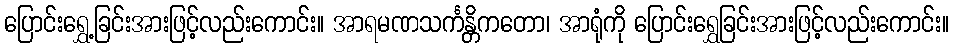
ပြောင်းရွှေ့ခြင်းအားဖြင့်လည်းကောင်း။ အာရမဏသင်္ကန္တိကတော၊ အာရုံကို ပြောင်းရွှေခြင်းအားဖြင့်လည်းကောင်း။